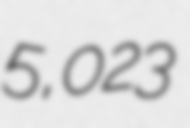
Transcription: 5,023